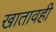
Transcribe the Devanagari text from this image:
खातावही